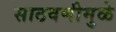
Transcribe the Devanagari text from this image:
साठवणीमुळे